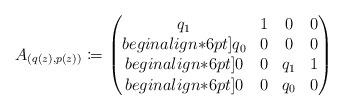
LaTeX: \begin{align*}A_{(q(z),p(z))} \coloneqq\begin{pmatrix}q_1 & 1 & 0 & 0 \\begin{align*}6pt]q_0& 0 & 0 & 0 \\begin{align*}6pt]0 & 0 & q_1 & 1 \\begin{align*}6pt]0 & 0 & q_0 & 0 \end{pmatrix}\end{align*}